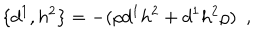
\{ d ^ { 1 } , h ^ { 2 } \} = - ( \rho d ^ { 1 } h ^ { 2 } + d ^ { 1 } h ^ { 2 } \rho ) \ \ ,